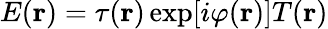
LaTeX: E({\mathbf{r}})=\tau({\mathbf{r}})\exp[i\varphi({\mathbf{r}})]T({\mathbf{r}})